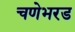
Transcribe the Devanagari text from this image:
चणेभरड